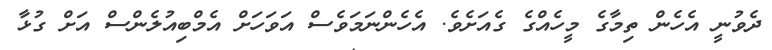
ދެވުނީ އެހެން ތިމާގެ މީހެއްގެ ގެއަށެވެ. އެހެންނަމަވެސް އަވަހަށް އެމްބިއުލެންސް އަށް ގުޅާ